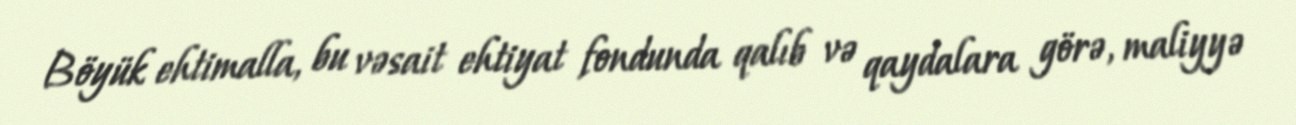
Böyük ehtimalla, bu vəsait ehtiyat fondunda qalıb və qaydalara görə, maliyyə